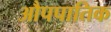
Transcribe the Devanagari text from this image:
औपपातिक